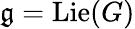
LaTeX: {\mathfrak{g}}=\operatorname{Lie}(G)